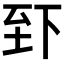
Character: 𫠮